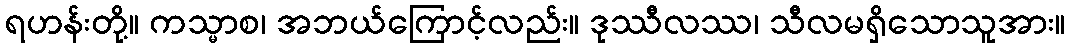
ရဟန်းတို့။ ကသ္မာစ၊ အဘယ်ကြောင့်လည်း။ ဒုဿီလဿ၊ သီလမရှိသောသူအား။